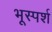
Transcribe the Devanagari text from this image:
भूस्पर्श